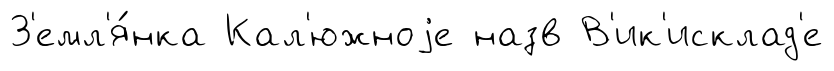
З'емл'я́нка Кал'южноjе назв В'ик'исклад'е